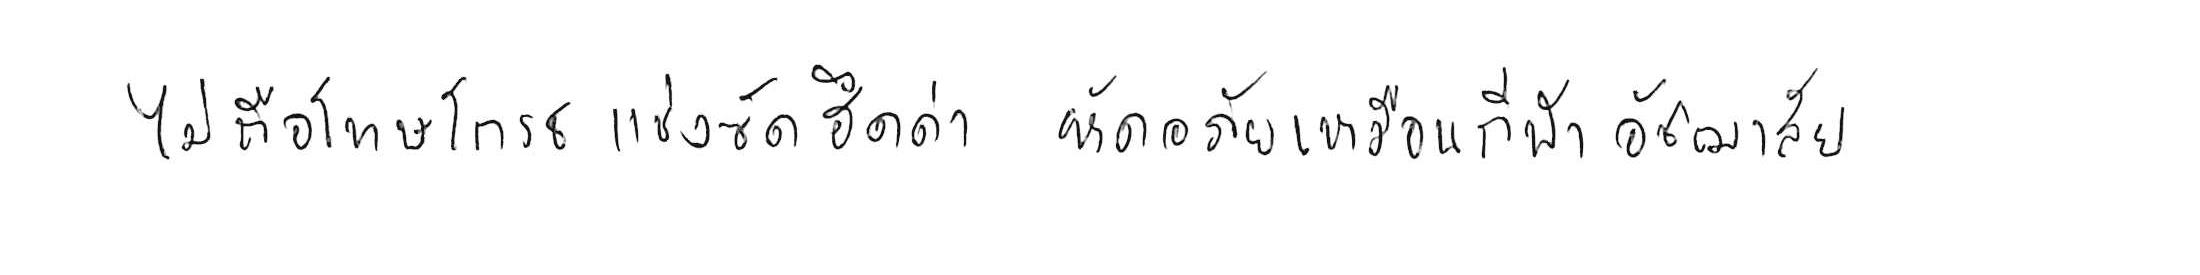
ไม่ถือโทษโกรธแช่งซัดฮึดฮัดด่า หัดอภัยเหมือนกีฬาอัชฌาสัย